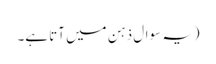
(یہ سوال ذہن میں آتا ہے۔